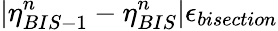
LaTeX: |\eta_{BIS-1}^{n}-\eta_{BIS}^{n}|\le\epsilon_{bisection}